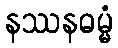
နဿနဓမ္မံ